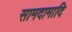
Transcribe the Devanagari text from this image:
सामदामादि